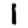
Digit: 1